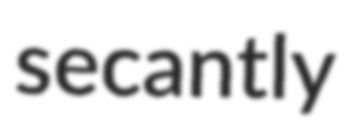
secantly